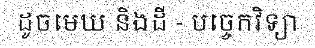
ដូចមេឃ និងដី - បច្ចេកវិទ្យា